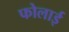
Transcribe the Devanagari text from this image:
फोलाई